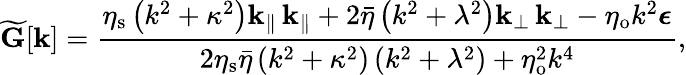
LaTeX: \widetilde{\mathbf{G}}[\mathbf{k}]=\frac{\eta_{\mathrm{s}}\left(k^{2}+\kappa^{2}\right)\mathbf{k}_{\| }\, \mathbf{k}_{\| }+2\bar{\eta}\left(k^{2}+\lambda^{2}\right)\mathbf{k}_{\perp}\, \mathbf{k}_{\perp}-\eta_{\mathrm{o}}k^{2}\boldsymbol{\epsilon}}{2\eta_{\mathrm{s}}\bar{\eta}\left(k^{2}+\kappa^{2}\right)\left(k^{2}+\lambda^{2}\right)+\eta_{\mathrm{o}}^{2}k^{4}},